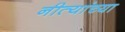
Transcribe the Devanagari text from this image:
नीत्यांच्या